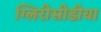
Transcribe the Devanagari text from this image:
ग्लिरीसीडीया